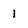
Character: l